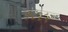
૧૮૮૨